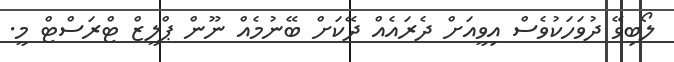
ލޯބިވޭ ދުވަހަކުވެސް އިވީއަށް ދެރައެއް ދޭކަށް ބޭނުމެއް ނޫން ޕްލީޒް ޓްރަސްޓް މީ.